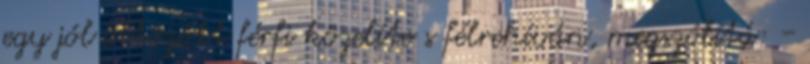
egy jól öltözött férfi közelíte s félrehíván, megszólítá: -